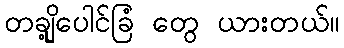
တချို့ပေါင်ခြံ တွေ ယားတယ်။